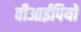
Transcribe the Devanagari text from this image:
वीआईपियों